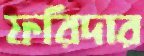
ফরিদার